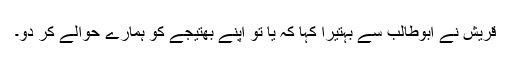
قریش نے ابوطالب سے بہتیرا کہا کہ یا تو اپنے بھتیجے کو ہمارے حوالے کر دو۔